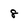
Character: 8